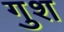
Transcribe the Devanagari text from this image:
गुश